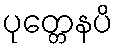
ပုတ္တေနပိ